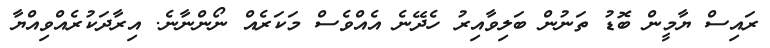
ރައިސް ޔާމީން ބޮޑު ތަނުން ބަލިވާއިރު ހެދޭނެ އެއްވެސް މަކަރެއް ނޯންނާނެ. އިރާދަކުރެއްވިއްޔާ